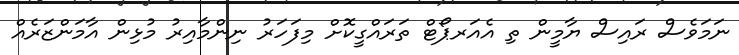
ނަމަވެސް ރައިސް ޔާމީން ތި އެއަރޕޯޓް ތަރައްގީކޮށް މިފަހަރު ނިންމާއިރު މުޅިން އާމަންޒަރެއް